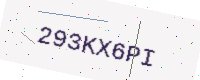
Text: 293KX6PI